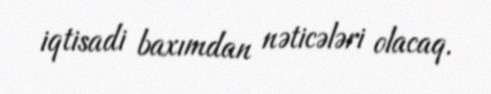
iqtisadi baxımdan nəticələri olacaq.